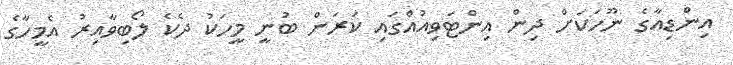
އިންޑިއާގެ ނޫހަކަށް ދިން އިންޓަވިއުއްގައި ކަރަން ބުނީ މީހަކު ދެކެ ލޯބިވާއިރު އެމީހާގެ